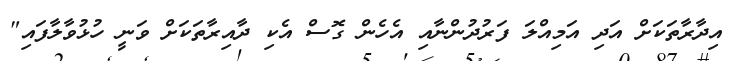
އިދާރާތަކަށް އަދި އަމިއްލަ ފަރުދުންނާއި އެހެން ގޮސް އެކި ދާއިރާތަކަށް ވަނީ ހުޅުވާލާފައި"